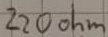
Text: 220ohm